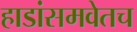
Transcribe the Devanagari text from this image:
हाडांसमवेतच